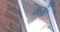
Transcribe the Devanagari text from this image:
काँध